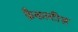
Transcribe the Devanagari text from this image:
फ़ैकल्टीज़